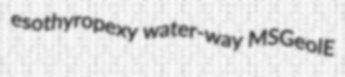
esothyropexy water-way MSGeolE